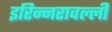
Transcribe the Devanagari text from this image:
इरिन्नरावल्ली